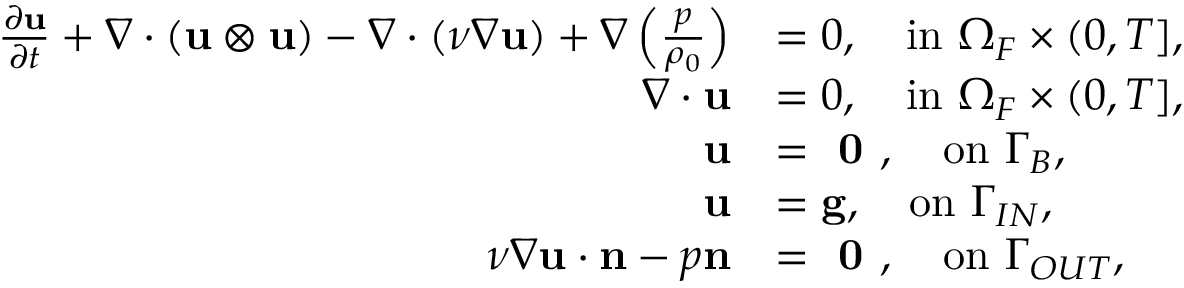
\begin{array} { r l } { \frac { \partial \mathbf { u } } { \partial t } + \nabla \cdot ( \mathbf { u } \otimes \mathbf { u } ) - \nabla \cdot ( \nu \nabla \mathbf { u } ) + \nabla \left( \frac { p } { \rho _ { 0 } } \right) } & { = 0 , \quad \mathrm { i n ~ } \Omega _ { F } \times ( 0 , T ] , } \\ { \nabla \cdot \mathbf { u } } & { = 0 , \quad \mathrm { i n ~ } \Omega _ { F } \times ( 0 , T ] , } \\ { \mathbf { u } } & { = \textbf { 0 } , \quad \mathrm { o n ~ } \Gamma _ { B } , } \\ { \mathbf { u } } & { = \mathbf { g } , \quad \mathrm { o n ~ } \Gamma _ { I N } , } \\ { \nu \nabla \mathbf { u } \cdot \mathbf { n } - p \mathbf { n } } & { = \textbf { 0 } , \quad \mathrm { o n ~ } \Gamma _ { O U T } , } \end{array}